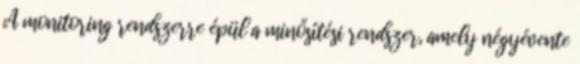
A monitoring rendszerre épül a minősítési rendszer, amely négyévente